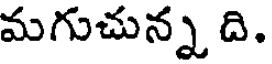
మగుచున్న ది.